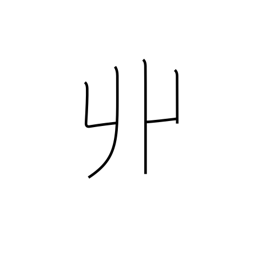
Meaning: horn-shaped locks of hair